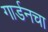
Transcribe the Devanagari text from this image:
गार्डनचा